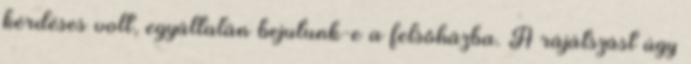
kérdéses volt, egyáltalán bejutunk-e a felsőházba. A rájátszást úgy